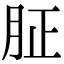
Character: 𦙫